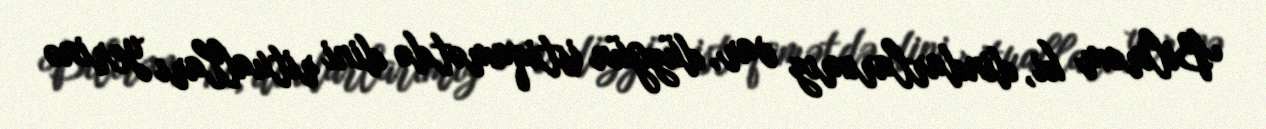
Bilirəm ki, dindarlarımız var, düzgün istiqamətdə dini ritualları yerinə